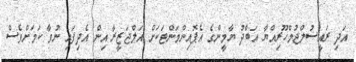
އަދި ރައީސުލްޖުމްހޫރިއްޔާ އަބްދު ޔާމީންގެ އެޕޮއިންމަންޓަކަށް އަލްޖަޒީރާ އިން އެދިފައި ނުވާ ކަމަށްވެސް